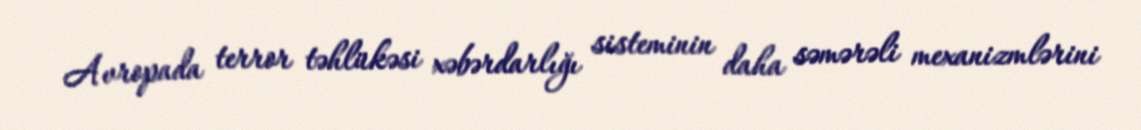
Avropada terror təhlükəsi xəbərdarlığı sisteminin daha səmərəli mexanizmlərini